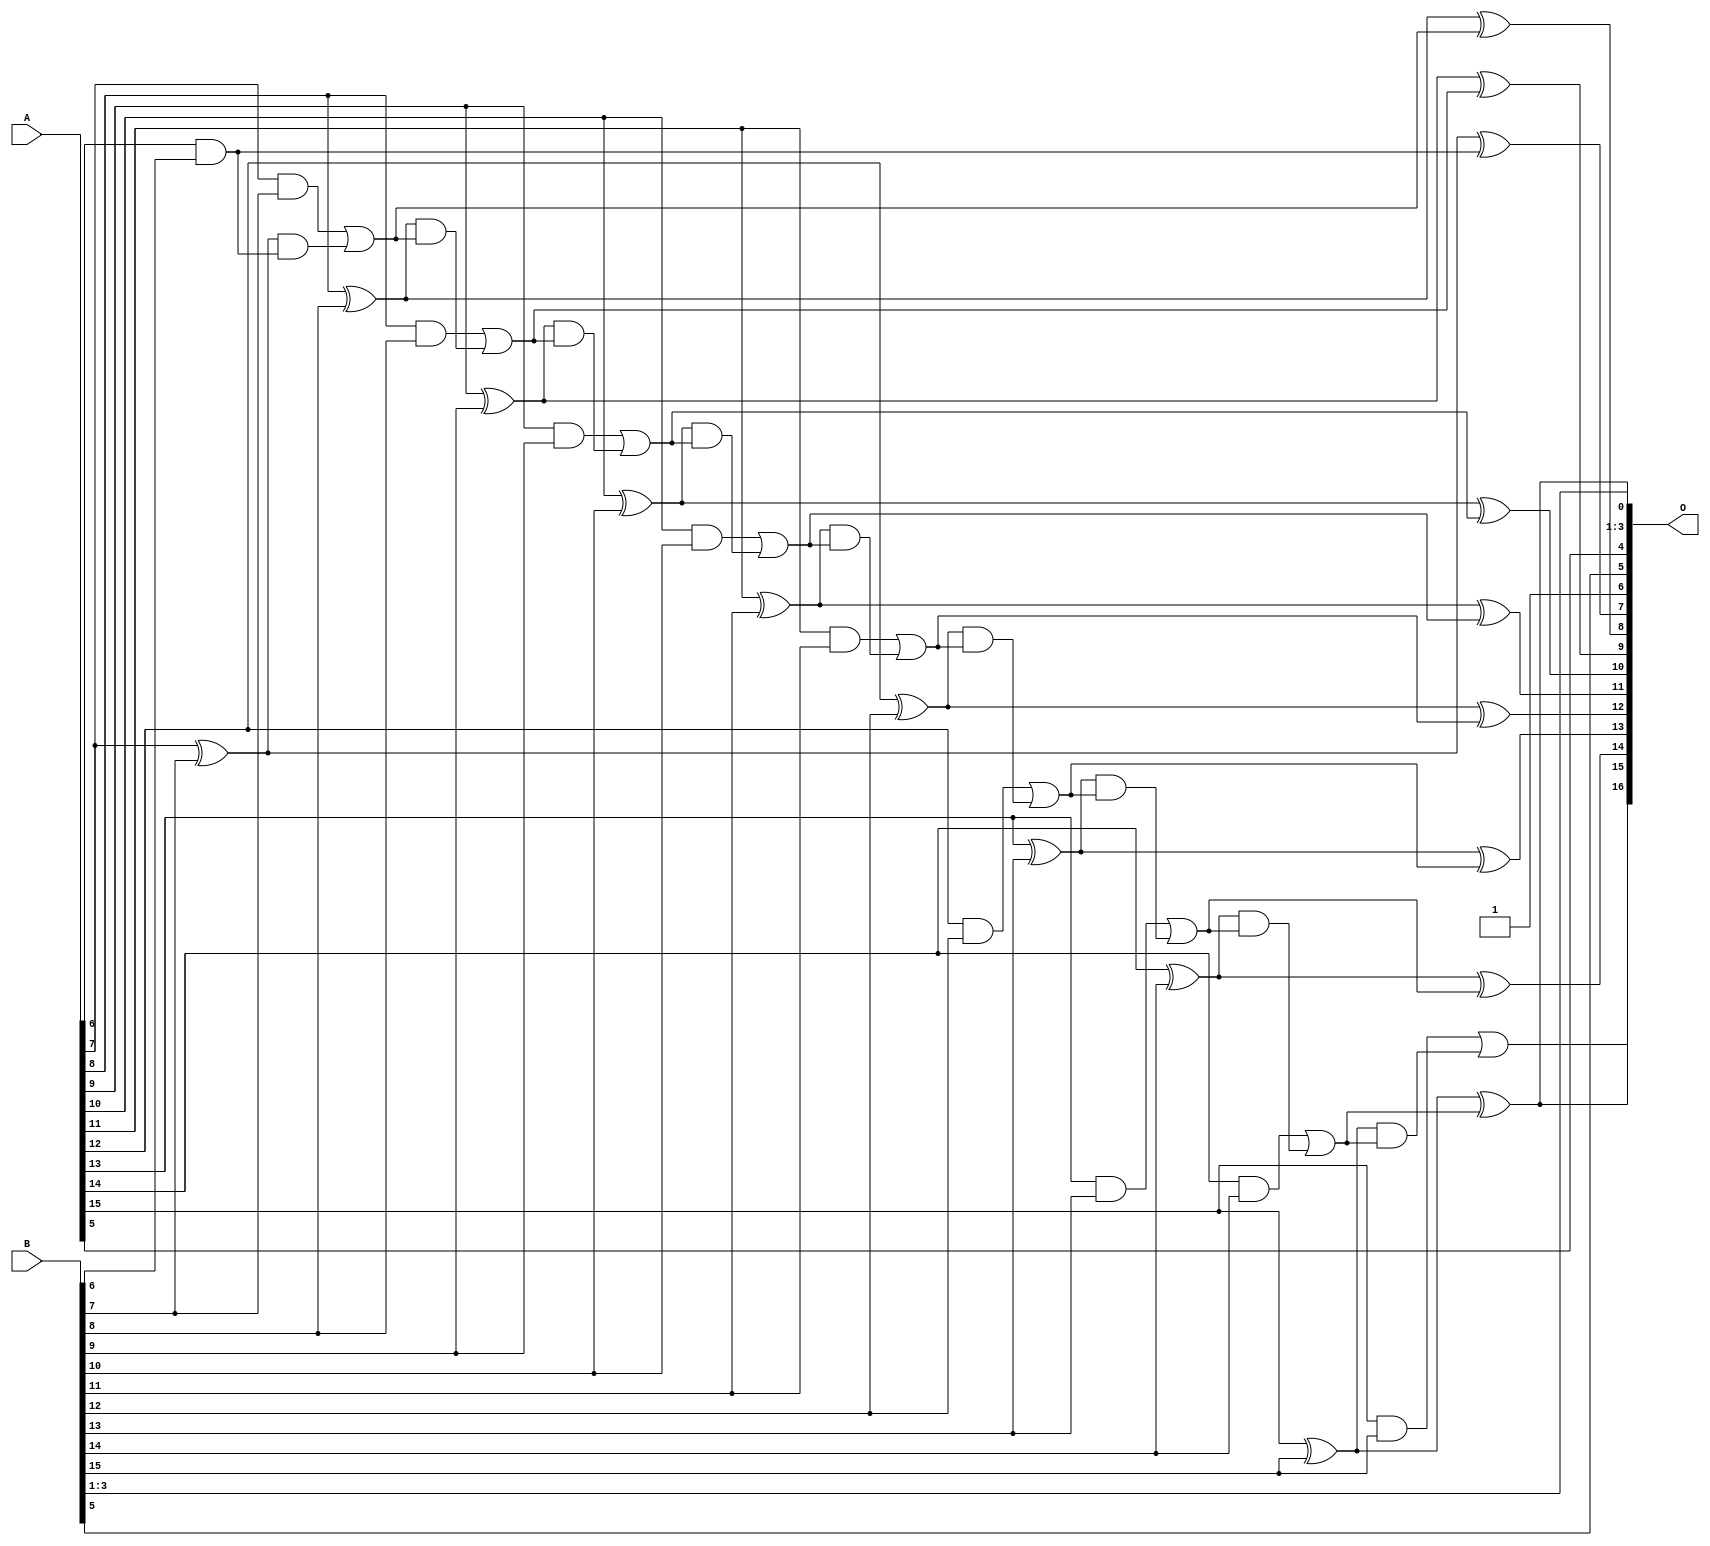
// This program was cloned from: https://github.com/ehw-fit/evoapproxlib
// License: MIT License

/***
* This code is a part of EvoApproxLib library (ehw.fit.vutbr.cz/approxlib) distributed under The MIT License.
* When used, please cite the following article(s):  
* This file contains a circuit from a sub-set of pareto optimal circuits with respect to the pwr and wce parameters
***/
// MAE% = 0.024 %
// MAE = 32 
// WCE% = 0.05 %
// WCE = 65 
// WCRE% = 6300.00 %
// EP% = 99.61 %
// MRE% = 0.068 %
// MSE = 1238 
// PDK45_PWR = 0.041 mW
// PDK45_AREA = 82.6 um2
// PDK45_DELAY = 0.78 ns


module add16u_05T(A, B, O);
  input [15:0] A, B;
  output [16:0] O;
  wire sig_60, sig_63, sig_64, sig_65, sig_66, sig_68;
  wire sig_69, sig_70, sig_71, sig_73, sig_74, sig_75;
  wire sig_76, sig_78, sig_79, sig_80, sig_81, sig_83;
  wire sig_84, sig_85, sig_86, sig_88, sig_89, sig_90;
  wire sig_91, sig_93, sig_94, sig_95, sig_96, sig_98;
  wire sig_99, sig_100, sig_101, sig_103, sig_104, sig_105;
  wire sig_106;
  assign O[6] = 1'b1;
  assign sig_60 = A[6] & B[6];
  assign sig_63 = sig_60;
  assign sig_64 = A[7] ^ B[7];
  assign sig_65 = A[7] & B[7];
  assign sig_66 = sig_64 & sig_63;
  assign O[7] = sig_64 ^ sig_63;
  assign sig_68 = sig_65 | sig_66;
  assign sig_69 = A[8] ^ B[8];
  assign sig_70 = A[8] & B[8];
  assign sig_71 = sig_69 & sig_68;
  assign O[8] = sig_69 ^ sig_68;
  assign sig_73 = sig_70 | sig_71;
  assign sig_74 = A[9] ^ B[9];
  assign sig_75 = A[9] & B[9];
  assign sig_76 = sig_74 & sig_73;
  assign O[9] = sig_74 ^ sig_73;
  assign sig_78 = sig_75 | sig_76;
  assign sig_79 = A[10] ^ B[10];
  assign sig_80 = A[10] & B[10];
  assign sig_81 = sig_79 & sig_78;
  assign O[10] = sig_79 ^ sig_78;
  assign sig_83 = sig_80 | sig_81;
  assign sig_84 = A[11] ^ B[11];
  assign sig_85 = A[11] & B[11];
  assign sig_86 = sig_84 & sig_83;
  assign O[11] = sig_84 ^ sig_83;
  assign sig_88 = sig_85 | sig_86;
  assign sig_89 = A[12] ^ B[12];
  assign sig_90 = A[12] & B[12];
  assign sig_91 = sig_89 & sig_88;
  assign O[12] = sig_89 ^ sig_88;
  assign sig_93 = sig_90 | sig_91;
  assign sig_94 = A[13] ^ B[13];
  assign sig_95 = A[13] & B[13];
  assign sig_96 = sig_94 & sig_93;
  assign O[13] = sig_94 ^ sig_93;
  assign sig_98 = sig_95 | sig_96;
  assign sig_99 = A[14] ^ B[14];
  assign sig_100 = A[14] & B[14];
  assign sig_101 = sig_99 & sig_98;
  assign O[14] = sig_99 ^ sig_98;
  assign sig_103 = sig_100 | sig_101;
  assign sig_104 = A[15] ^ B[15];
  assign sig_105 = A[15] & B[15];
  assign sig_106 = sig_104 & sig_103;
  assign O[0] = sig_104 ^ sig_103;
  assign O[16] = sig_105 | sig_106;
  assign O[1] = B[1];
  assign O[2] = B[2];
  assign O[3] = B[3];
  assign O[4] = A[5];
  assign O[5] = B[5];
  assign O[15] = O[0];
endmodule